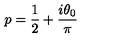
p = \frac 1 2 + \frac { i \theta _ { 0 } } \pi